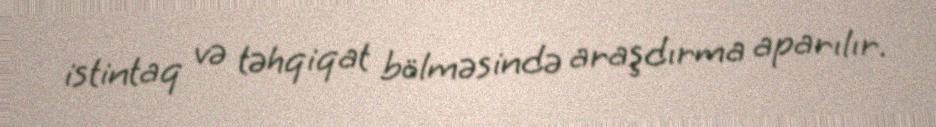
istintaq və təhqiqat bölməsində araşdırma aparılır.